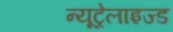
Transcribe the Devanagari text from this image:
न्यूट्रेलाइज्ड